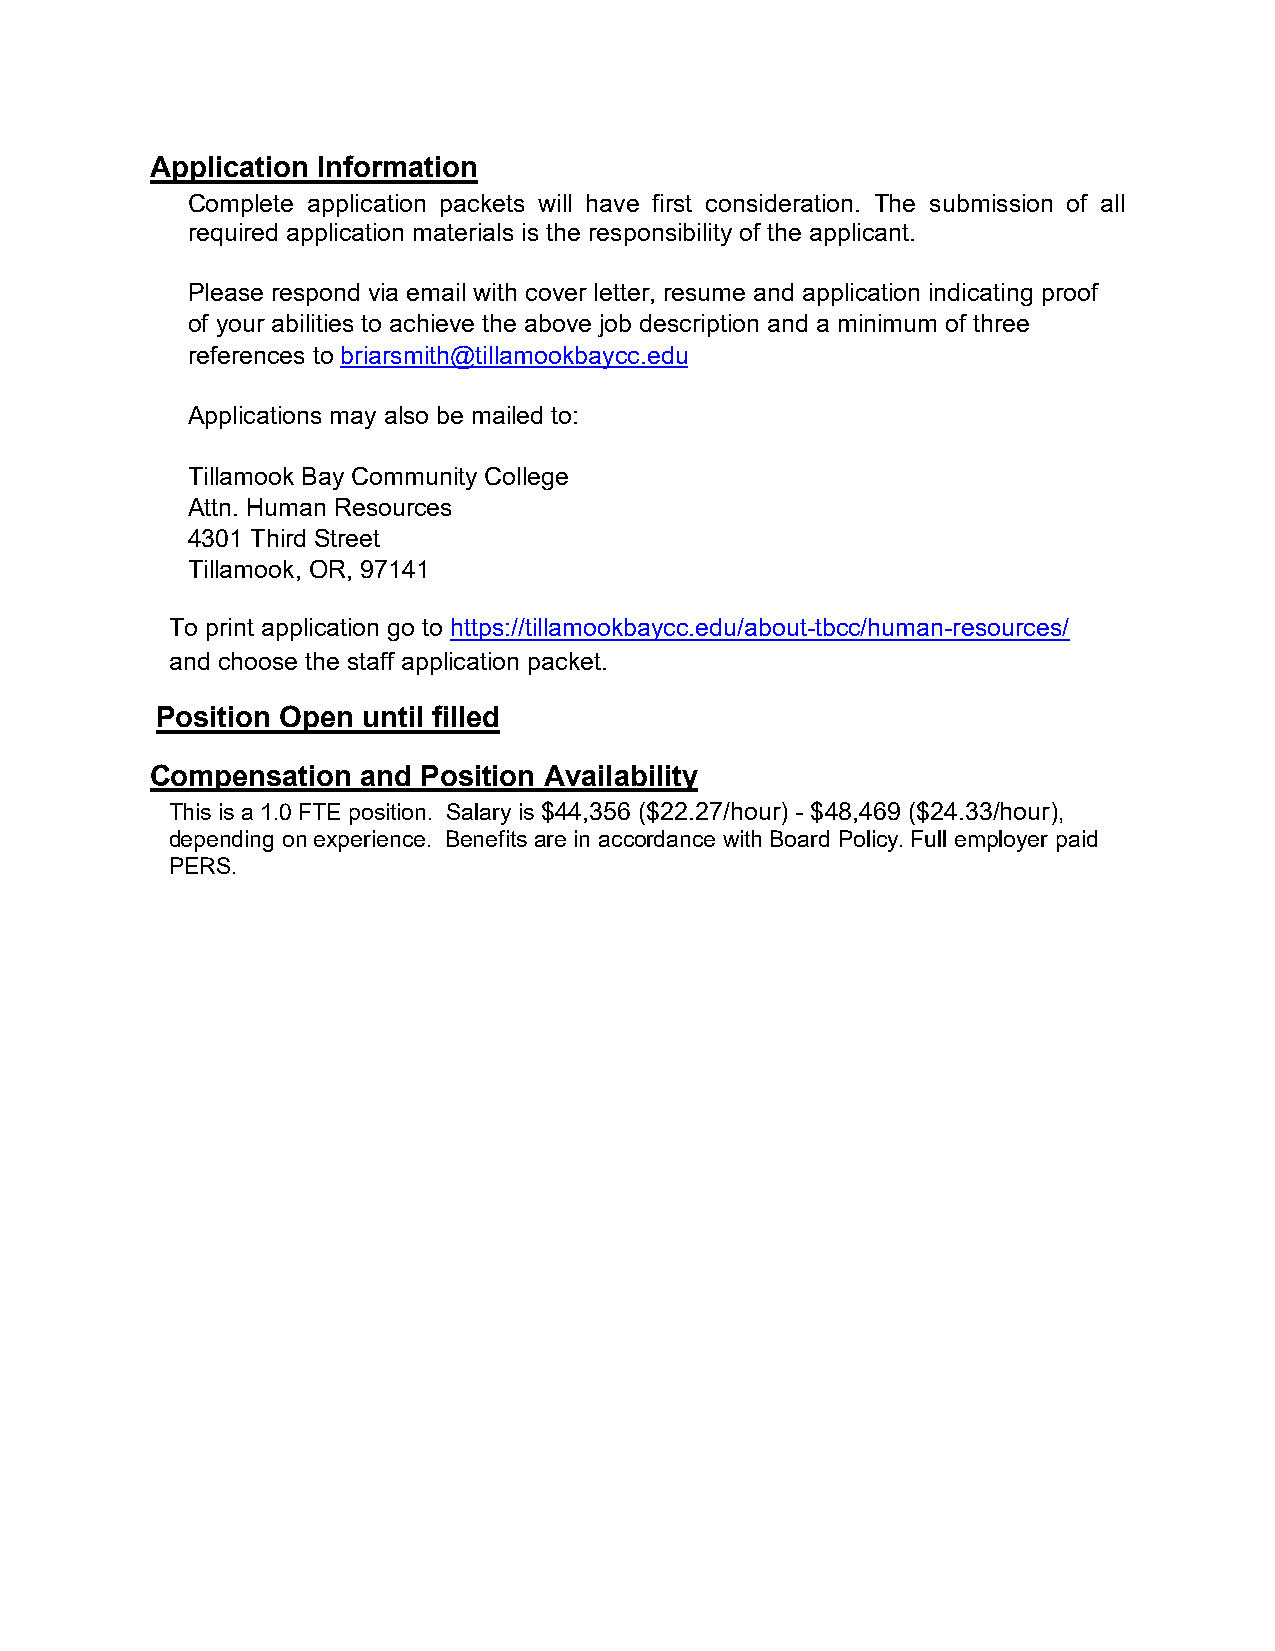
Application Information
 Complete application packets will have first consideration. The submission of all
 required application materials is the responsibility of the applicant.
 Please respond via email with cover letter, resume and application indicating proof
 of your abilities to achieve the above job description and a minimum of three
 references to briarsmith@tillamookbaycc.edu
 Applications may also be mailed to:
 Tillamook Bay Community College
 Attn. Human Resources
 4301 Third Street
 Tillamook, OR, 97141
 To print application go to https://tillamookbaycc.edu/about-tbcc/human-resources/
 and choose the staff application packet.
 Position Open until filled
 Compensation  and Position Availability
 This is a 1.0 FTE position. Salary is $44,356 ($22.27/hour) - $48,469 ($24.33/hour),
 depending on experience. Benefits are in accordance with Board Policy. Full employer paid
 PERS.